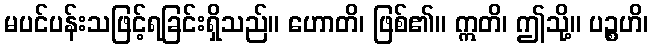
မပင်ပန်းသဖြင့်ရခြင်းရှိသည်။ ဟောတိ၊ ဖြစ်၏။ ဣတိ၊ ဤသို့။ ပဉ္စဟိ၊